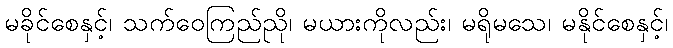
မခိုင်စေနှင့်၊ သက်ဝေကြည်ညို၊ မယားကိုလည်း၊ မရိုမသေ၊ မနိုင်စေနှင့်၊